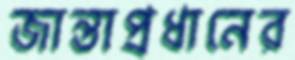
জান্তাপ্রধানের